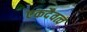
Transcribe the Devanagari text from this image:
एकदैवत्व